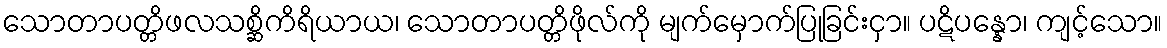
သောတာပတ္တိဖလသစ္ဆိကိရိယာယ၊ သောတာပတ္တိဖိုလ်ကို မျက်မှောက်ပြုခြင်းငှာ။ ပဋိပန္နော၊ ကျင့်သော။